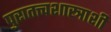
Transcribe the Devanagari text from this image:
पुरातत्त्वशास्त्राशी